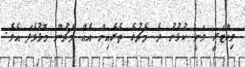
ވިކްޓަރީ ވަނީ ކުޅުނު ދެ މެޗުގެ ތެެރެއިން އެއް މެޗުން މޮޅުވެފަ އެވެ.